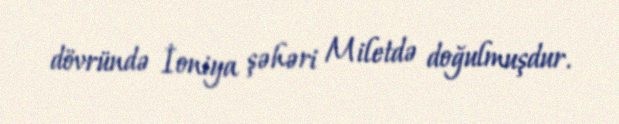
dövründə İoniya şəhəri Miletdə doğulmuşdur.